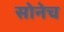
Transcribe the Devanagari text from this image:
सोनेच